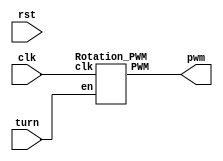
module Horizontal_rotation(
    input  rst,
    input  clk,
    input  turn,
    output wire pwm
    );
    Rotation_PWM rp1(clk, turn, pwm);
    // turning when turn == 1'b1, stop when turn == 1'b0
endmodule
module Rotation_PWM (
    input wire clk,
    input wire en,
    output reg PWM
);
    parameter duty = 32'd300; // decide motor speed
    wire [31:0] count_max = 32'd100_000_000 / 32'd25000;
    wire [31:0] count_duty = count_max * duty / 32'd1024;
    reg [31:0] count;
        
    always @(posedge clk) begin
        if (en) begin
            count <= 32'b0;
            PWM <= 1'b0;
        end else if (count < count_max) begin
            count <= count + 32'd1;
            if(count < count_duty)
                PWM <= 1'b1;
            else
                PWM <= 1'b0;
        end else begin
            count <= 32'b0;
            PWM <= 1'b0;
        end
    end
endmodule